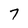
Character: 7